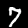
Label: 7